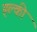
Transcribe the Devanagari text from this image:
ह्ल्की